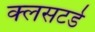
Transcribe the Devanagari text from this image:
क्लसटर्ड